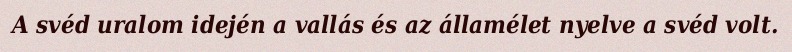
A svéd uralom idején a vallás és az államélet nyelve a svéd volt.